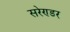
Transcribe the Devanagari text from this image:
सरेण्डर